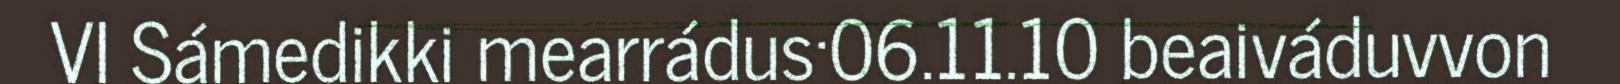
VI Sámedikki mearrádus·06.11.10 beaiváduvvon